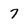
Character: 7